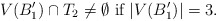
\begin{align*}V(B'_{1})\cap T_{2}\not=\emptyset \mbox{ if }|V(B'_{1})|=3.\end{align*}